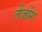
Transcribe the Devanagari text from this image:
तेंजोंग